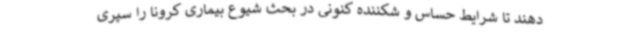
دهند تا شرایط حساس و شکننده کنونی در بحث شیوع بیماری کرونا را سپری